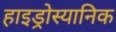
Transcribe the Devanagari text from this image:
हाइड्रोस्यानिक